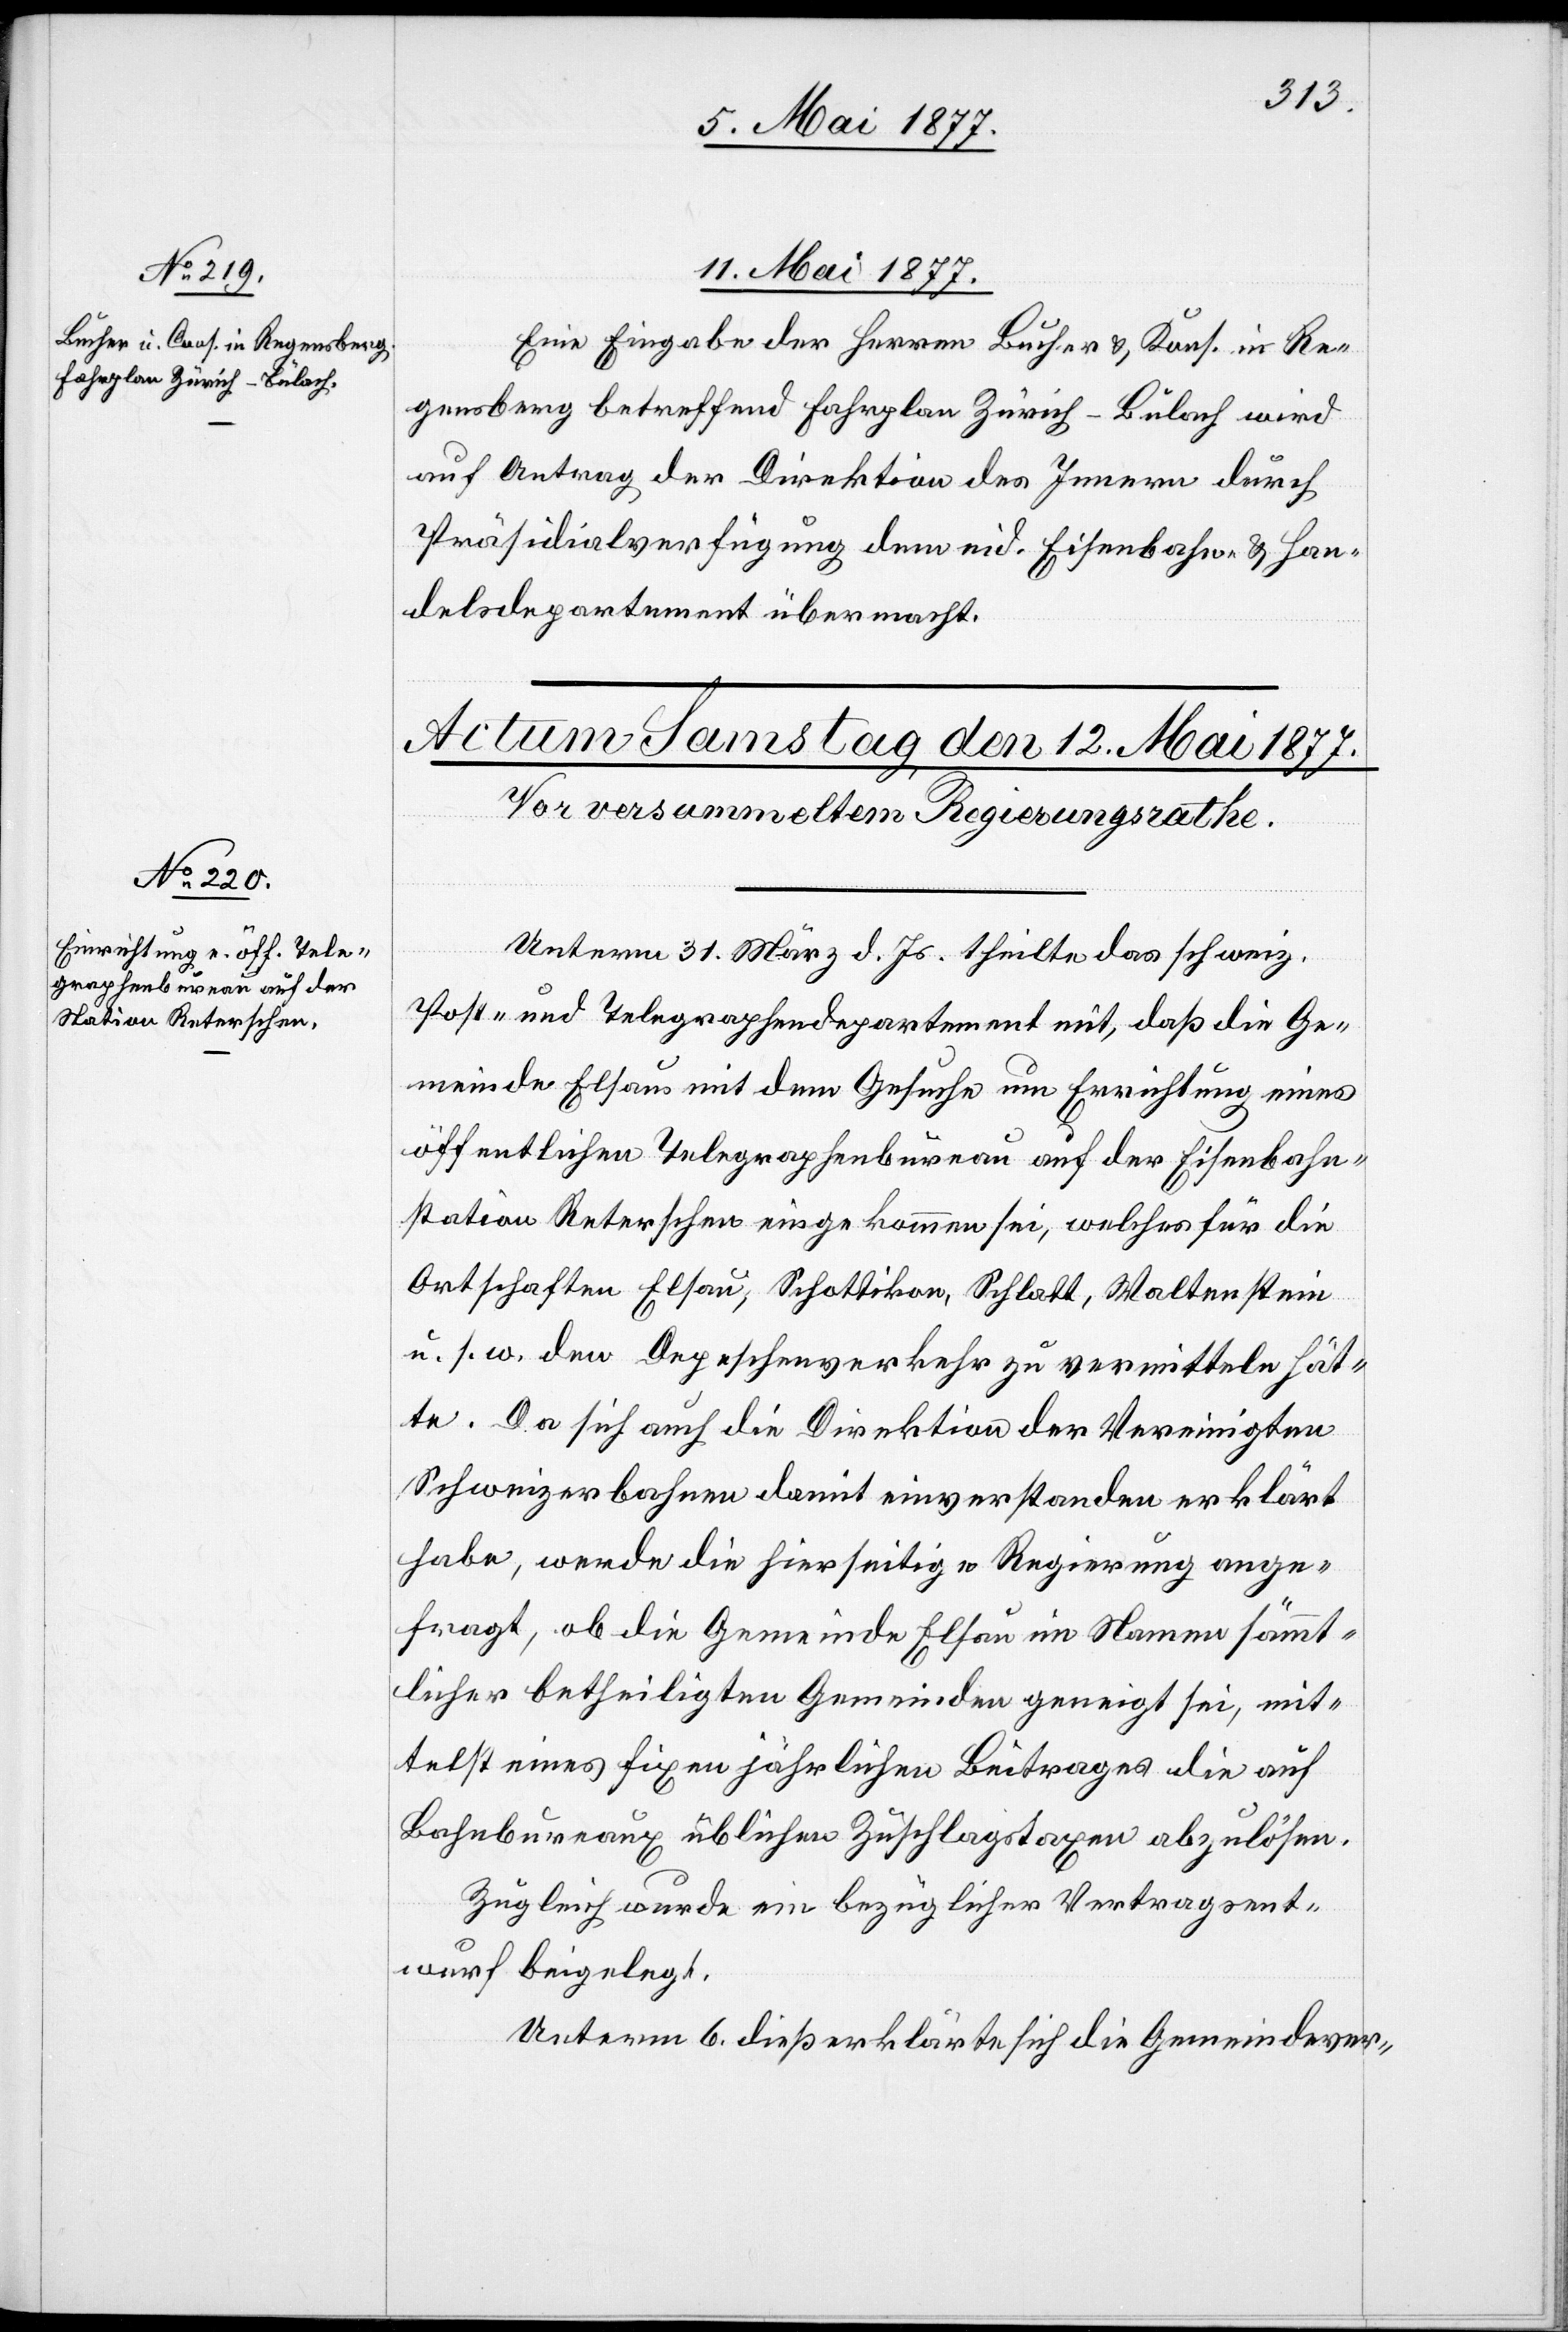
11. Mai 1877.
Eine Eingabe der Herren Bucher & Kons. in Re¬
gensberg betreffend Fahrplan Zürich–Bülach wird
auf Antrag der Direktion des Innern durch
Präsidialverfügung dem eid. Eisenbahn- & Han¬
delsdepartement übermacht.
Unterm 31. März d. Js. theilte das schweiz.
Post- und Telegraphendepartement mit, daß die Ge¬
meinde Elsau mit dem Gesuche um Errichtung eines
öffentlichen Telegraphenbureau auf der Eisenbahn¬
station Reterschen eingekommen sei, welches für die
Ortschaften Elsau, Schottikon, Schlatt, Waltenstein
u. s. w. den Depeschenverkehr zu vermitteln hät¬
te. Da sich auch die Direktion der Vereinigten
Schweizerbahnen damit einverstanden erklärt
habe, werde die hierseitige Regierung ange¬
fragt, ob die Gemeinde Elsau im Namen sämmt¬
licher betheiligter Gemeinden geneigt sei, mit¬
telst eines fixen jährlichen Beitrages die auf
Bahnbureaux üblichen Zuschlagstaxen abzulösen.
Zugleich wurde ein bezüglicher Vertragsent¬
wurf beigelegt.
Unterm 6. dieß erklärte sich die Gemeindever-